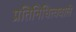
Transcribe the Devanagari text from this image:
प्रतिनिधित्ववाले